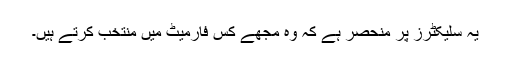
یہ سلیکٹرز پر منحصر ہے کہ وہ مجھے کس فارمیٹ میں منتخب کرتے ہیں۔